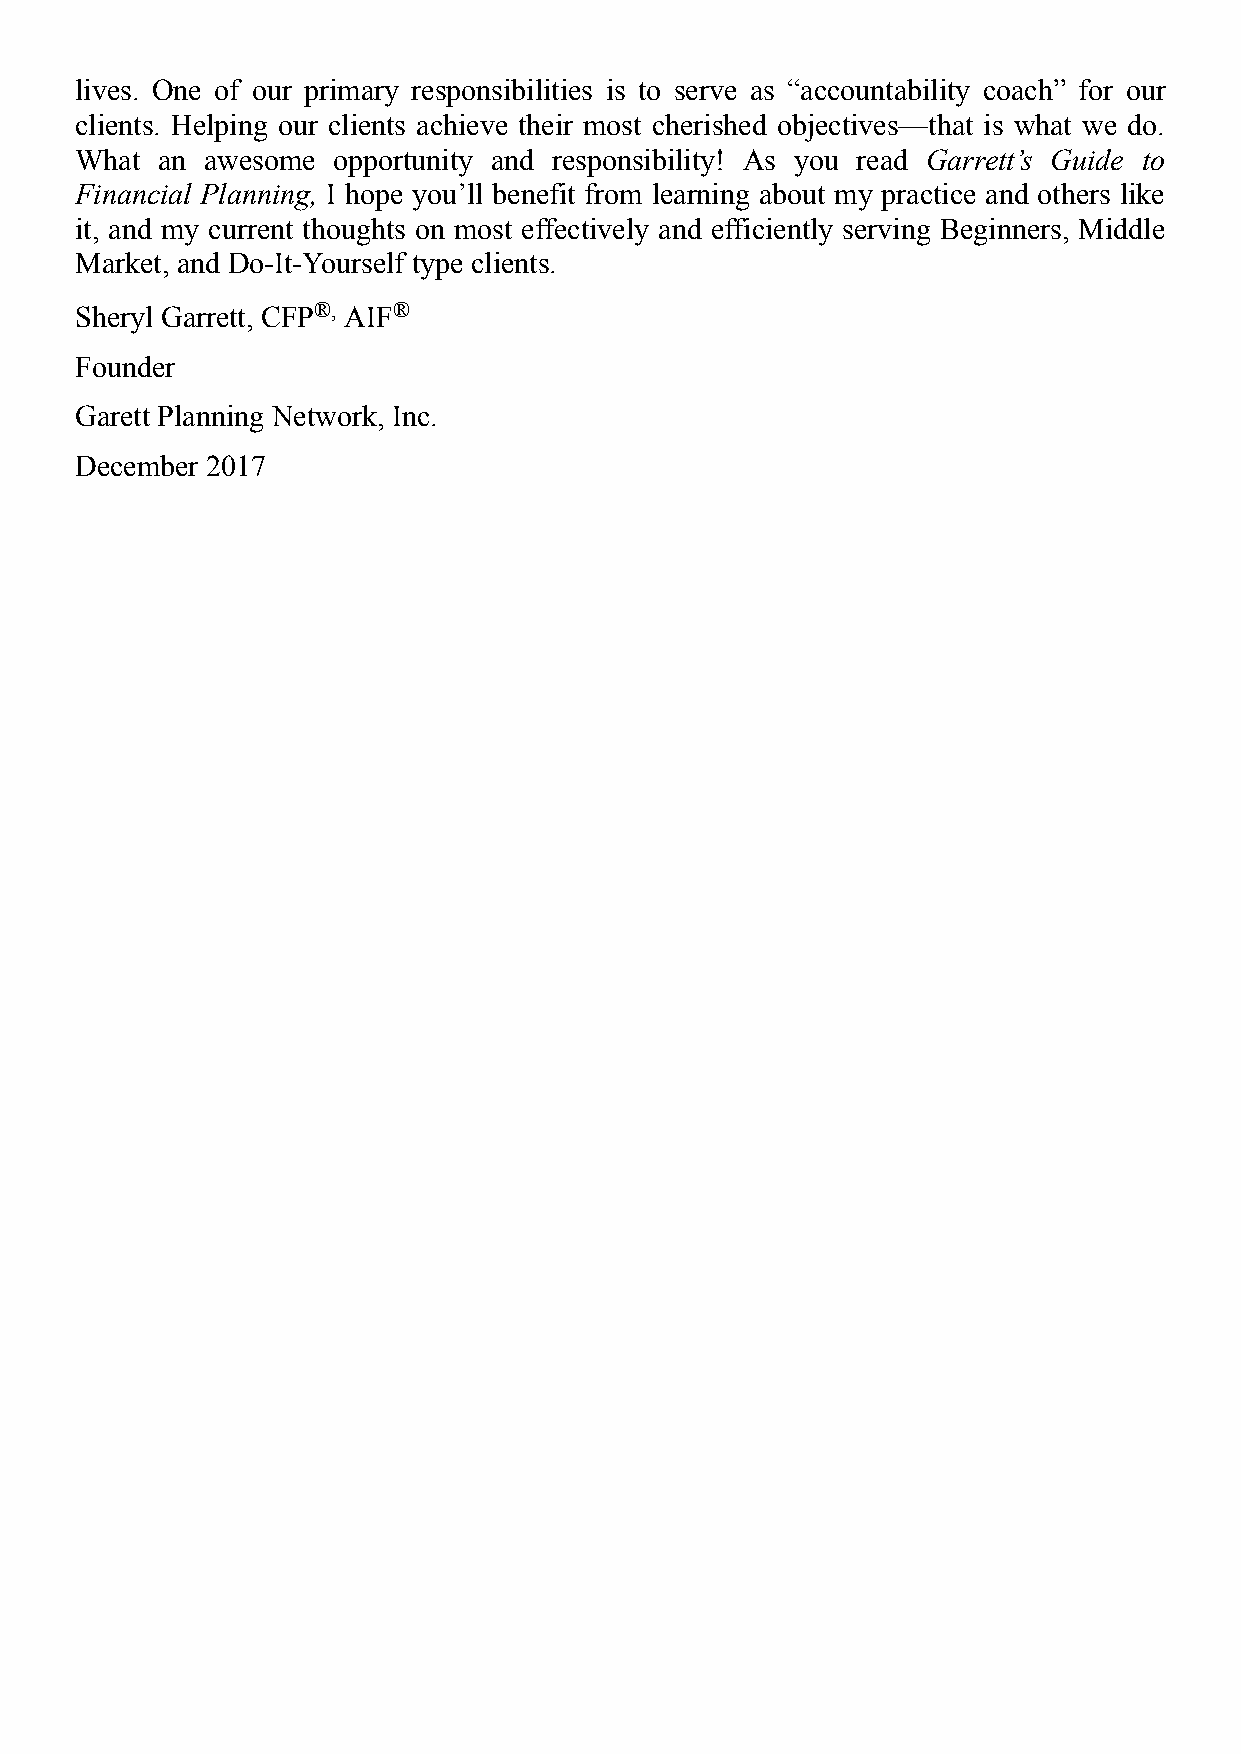
lives. One of our primary responsibilities is to serve as “accountability coach” for our
 clients. Helping our clients achieve their most cherished objectives—that is what we do.
 What an awesome  opportunity and responsibility! As you read Garrett’s Guide to
 Financial Planning, I hope you’ll benefit from learning about my practice and others like
 it, and my current thoughts on most effectively and efficiently serving Beginners, Middle
 Market, and Do-It-Yourself type clients.
 Sheryl Garrett, CFP®, AIF®
 Founder
 Garett Planning Network, Inc.
 December 2017